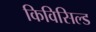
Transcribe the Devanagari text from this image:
किविसिल्ड